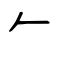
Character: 𠂉